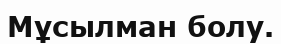
Мұсылман болу.